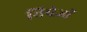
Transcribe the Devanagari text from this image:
विषेज्ञों